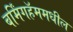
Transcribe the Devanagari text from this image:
बर्मिंगहॅममधील